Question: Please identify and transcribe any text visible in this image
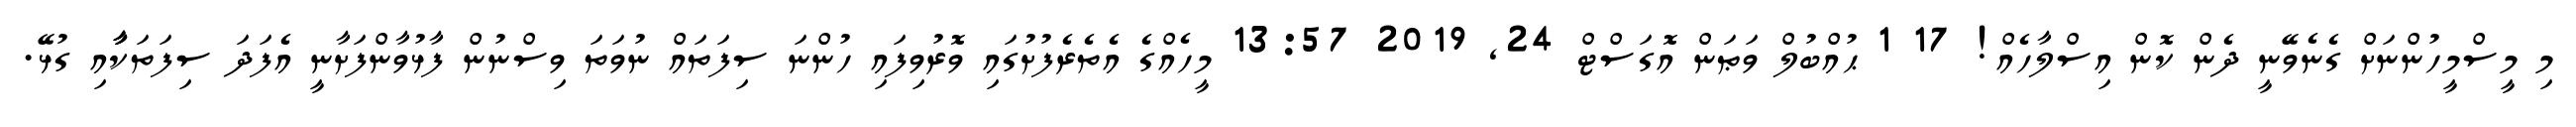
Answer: މި މީސްމީހުންނަށް ގެނެވޭނީ ދެން ކޮން އިސްލާހެއް! 17 1 ޙުއްބުލް ވަޠަން އޮގަސްޓް 24, 2019 13:57 މީހެއްގެ އެތެރެފުށުގައި ވޮރުވިފައި ހުންނަ ސިފަތައް ނުވަތަ ވިސްނުން ފާޅުވާންފަށާނީ އެފަދަ ސިފަތަކާާާާއި ގުޅޭ.